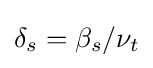
\delta _{s}=\beta _{s}/\nu _{t}